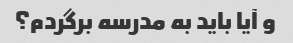
و آیا باید به مدرسه برگردم؟